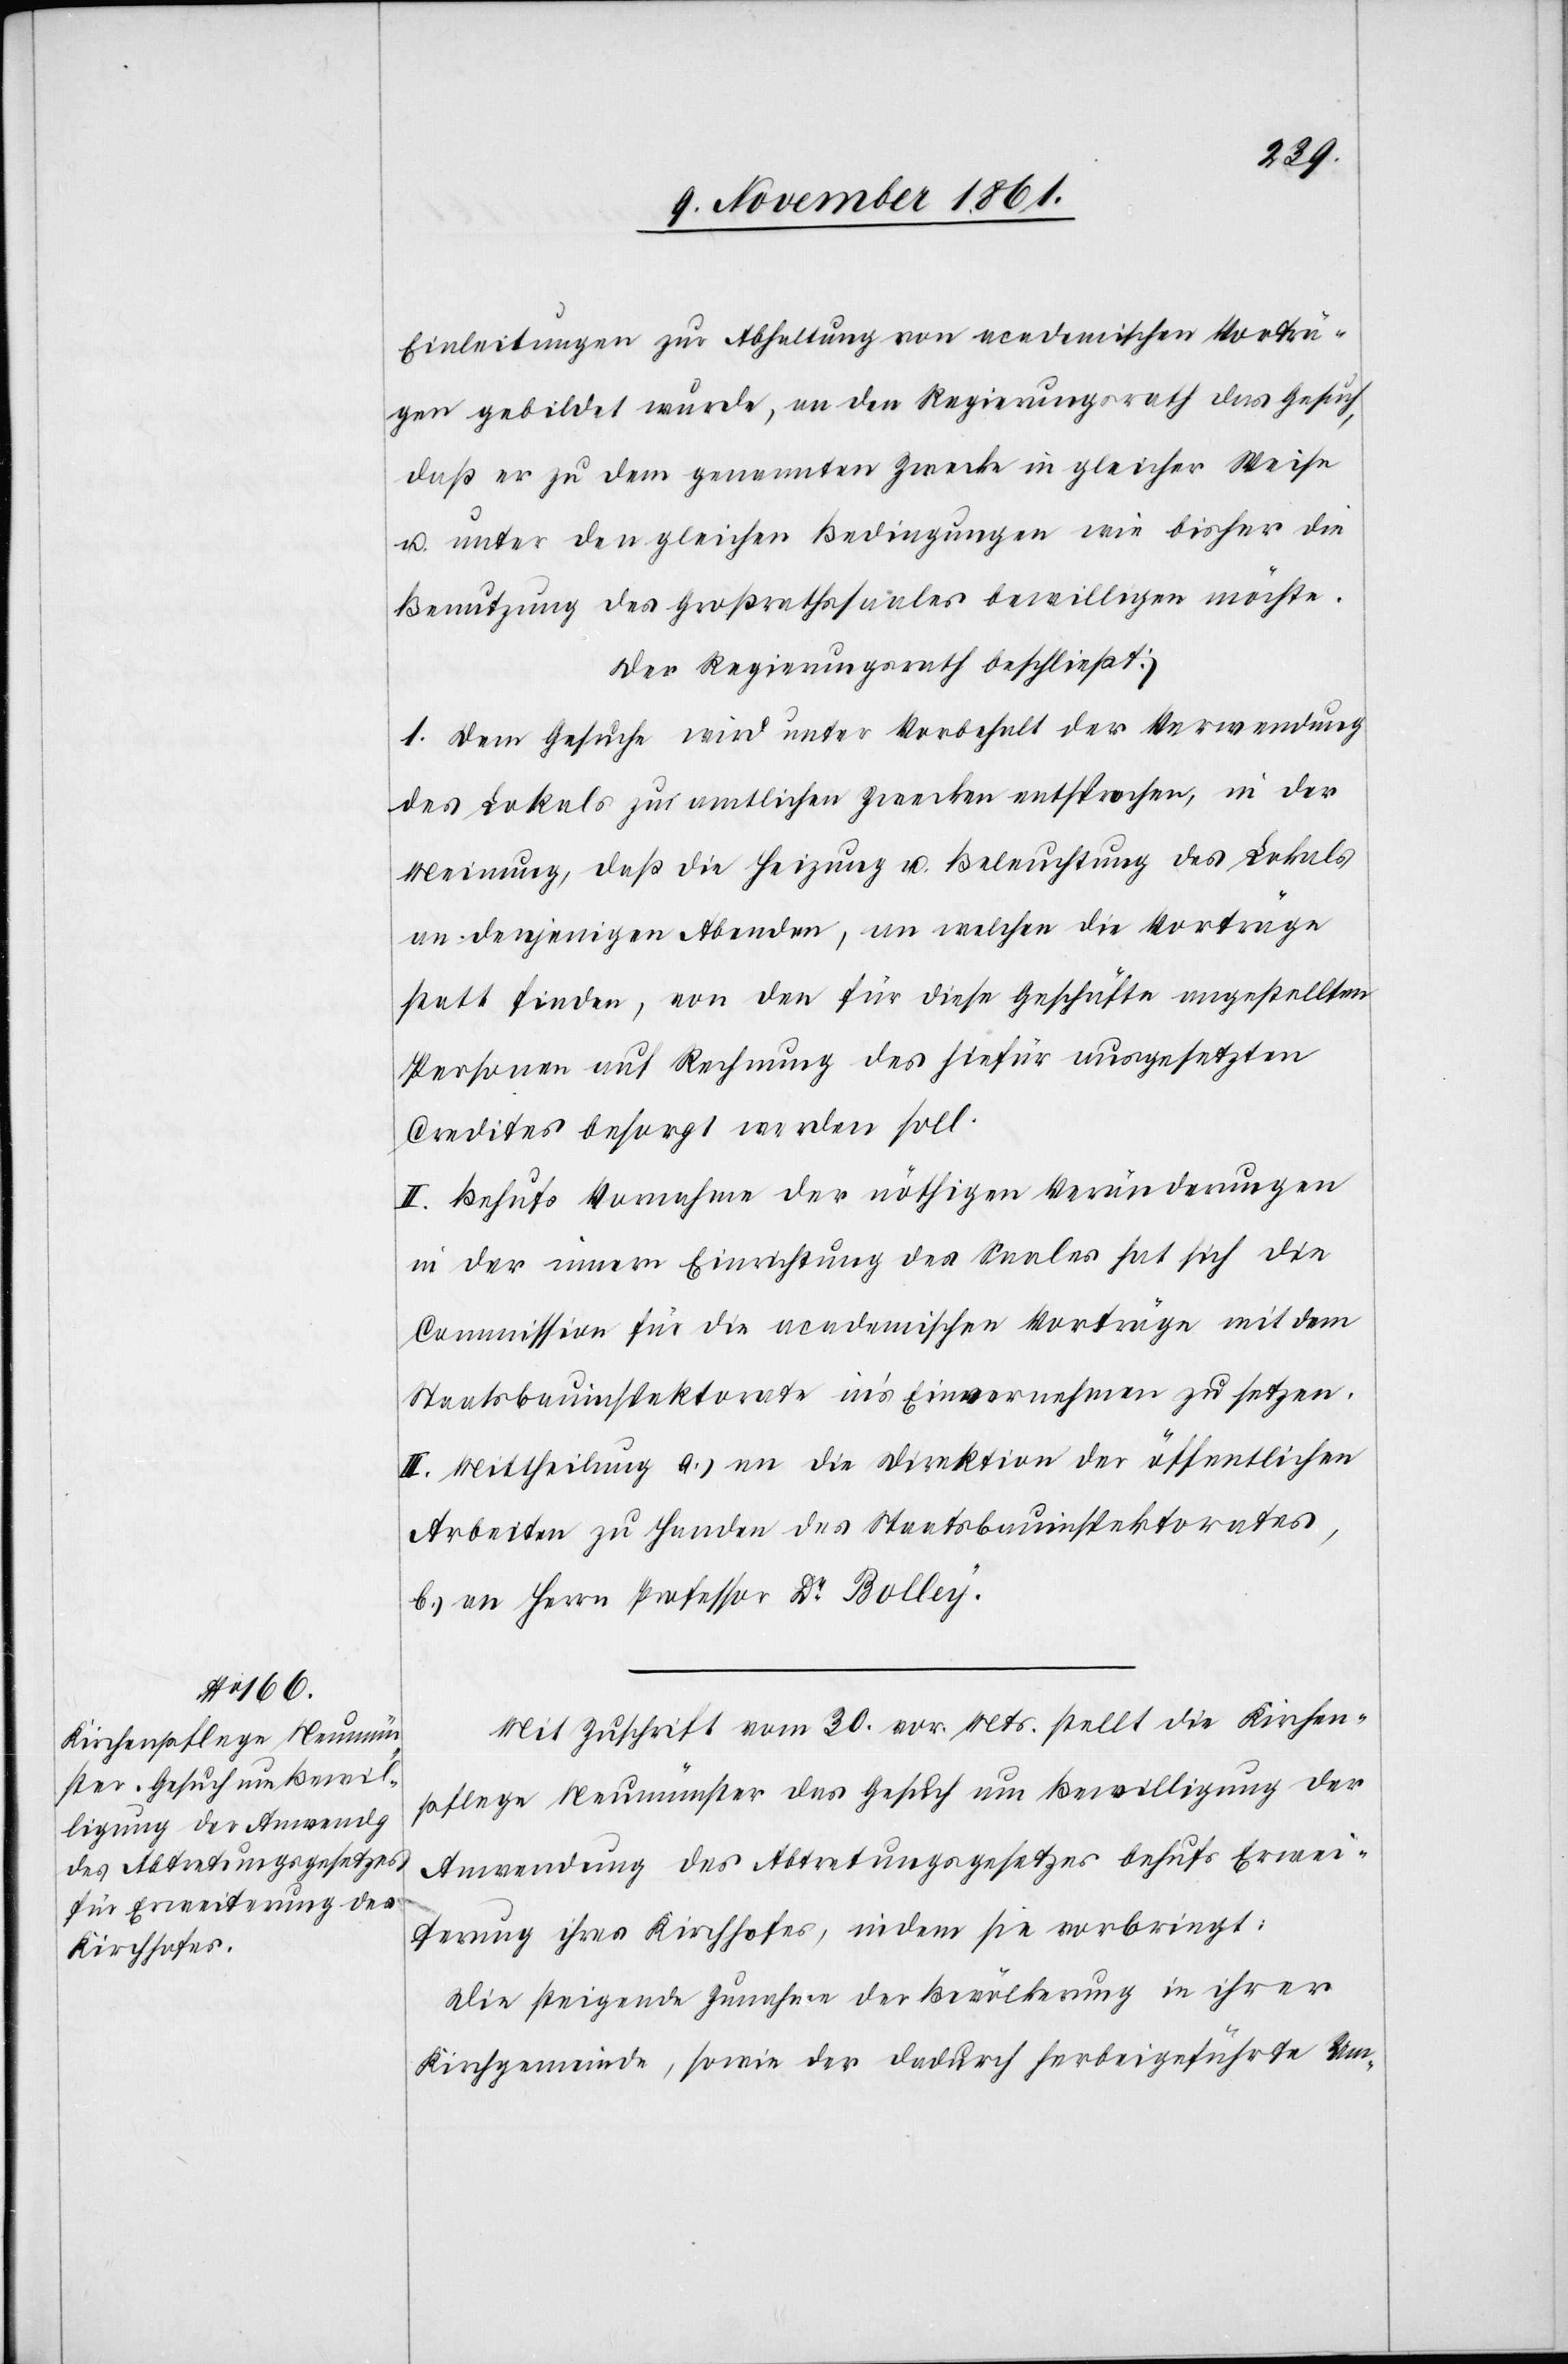
Einleitungen zur Abhaltung von academischen Vorträ¬
gen gebildet wurde, an den Regierungsrath das Gesuch,
daß er zu dem genannten Zwecke in gleicher Weise
u. unter den gleichen Bedingungen wie bisher die
Benutzung des Großrathssaales bewilligen möchte.
Der Regierungsrath beschließt:
I. Dem Gesuche wird unter Vorbehalt der Verwendung
des Lokales zu amtlichen Zwecken entsprochen, in der
Meinung, daß die Heizung u. Beleuchtung des Lokals
an denjenigen Abenden, an welchen die Vorträge
statt finden, von den für diese Geschäfte angestellten
Personen auf Rechnung des hiefür ausgesetzten
Credites besorgt werden soll.
II. Behufs Vornahme der nöthigen Veränderungen
in der innern Einrichtung des Saales hat sich die
Commission für die academischen Vorträge mit dem
Staatsbauinspektorate in’s Einvernehmen zu setzen.
III. Mittheilung a.) an die Direktion der öffentlichen
Arbeiten zu Handen des Staatsbauinspektorates,
b.) an Herrn Professor Dr Bolley.
Mit Zuschrift vom 30 v. Mts. stellt die Kirchen¬
pflege Neumünster das Gesuch um Bewilligung der
Anwendung des Abtretungsgesetzes behufs Erwei¬
terung ihres Kirchhofes, indem sie vorbringt:
Die steigende Zunahme der Bevölkerung in ihrer
Kirchgemeinde, sowie der dadurch herbeigeführte Um-